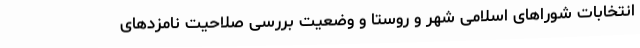
انتخابات شورا‌های اسلامی شهر و روستا و وضعیت بررسی صلاحیت نامزد‌های